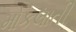
મોકલાતી